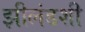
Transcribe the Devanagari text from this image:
झीलंडशी